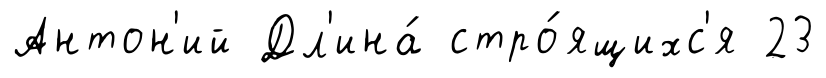
Антон'ий Дл'ина́ стро́ящихс'я 23